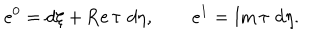
e ^ { 0 } = d \xi + \mathrm { R e } \, \tau \, \, d \eta , \quad \quad e ^ { 1 } = \mathrm { I m } \, \tau \, \, d \eta .